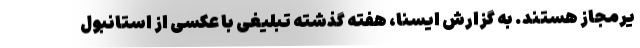
یرمجاز هستند. به گزارش ایسنا، هفته گذشته تبلیغی با عکسی از استانبول